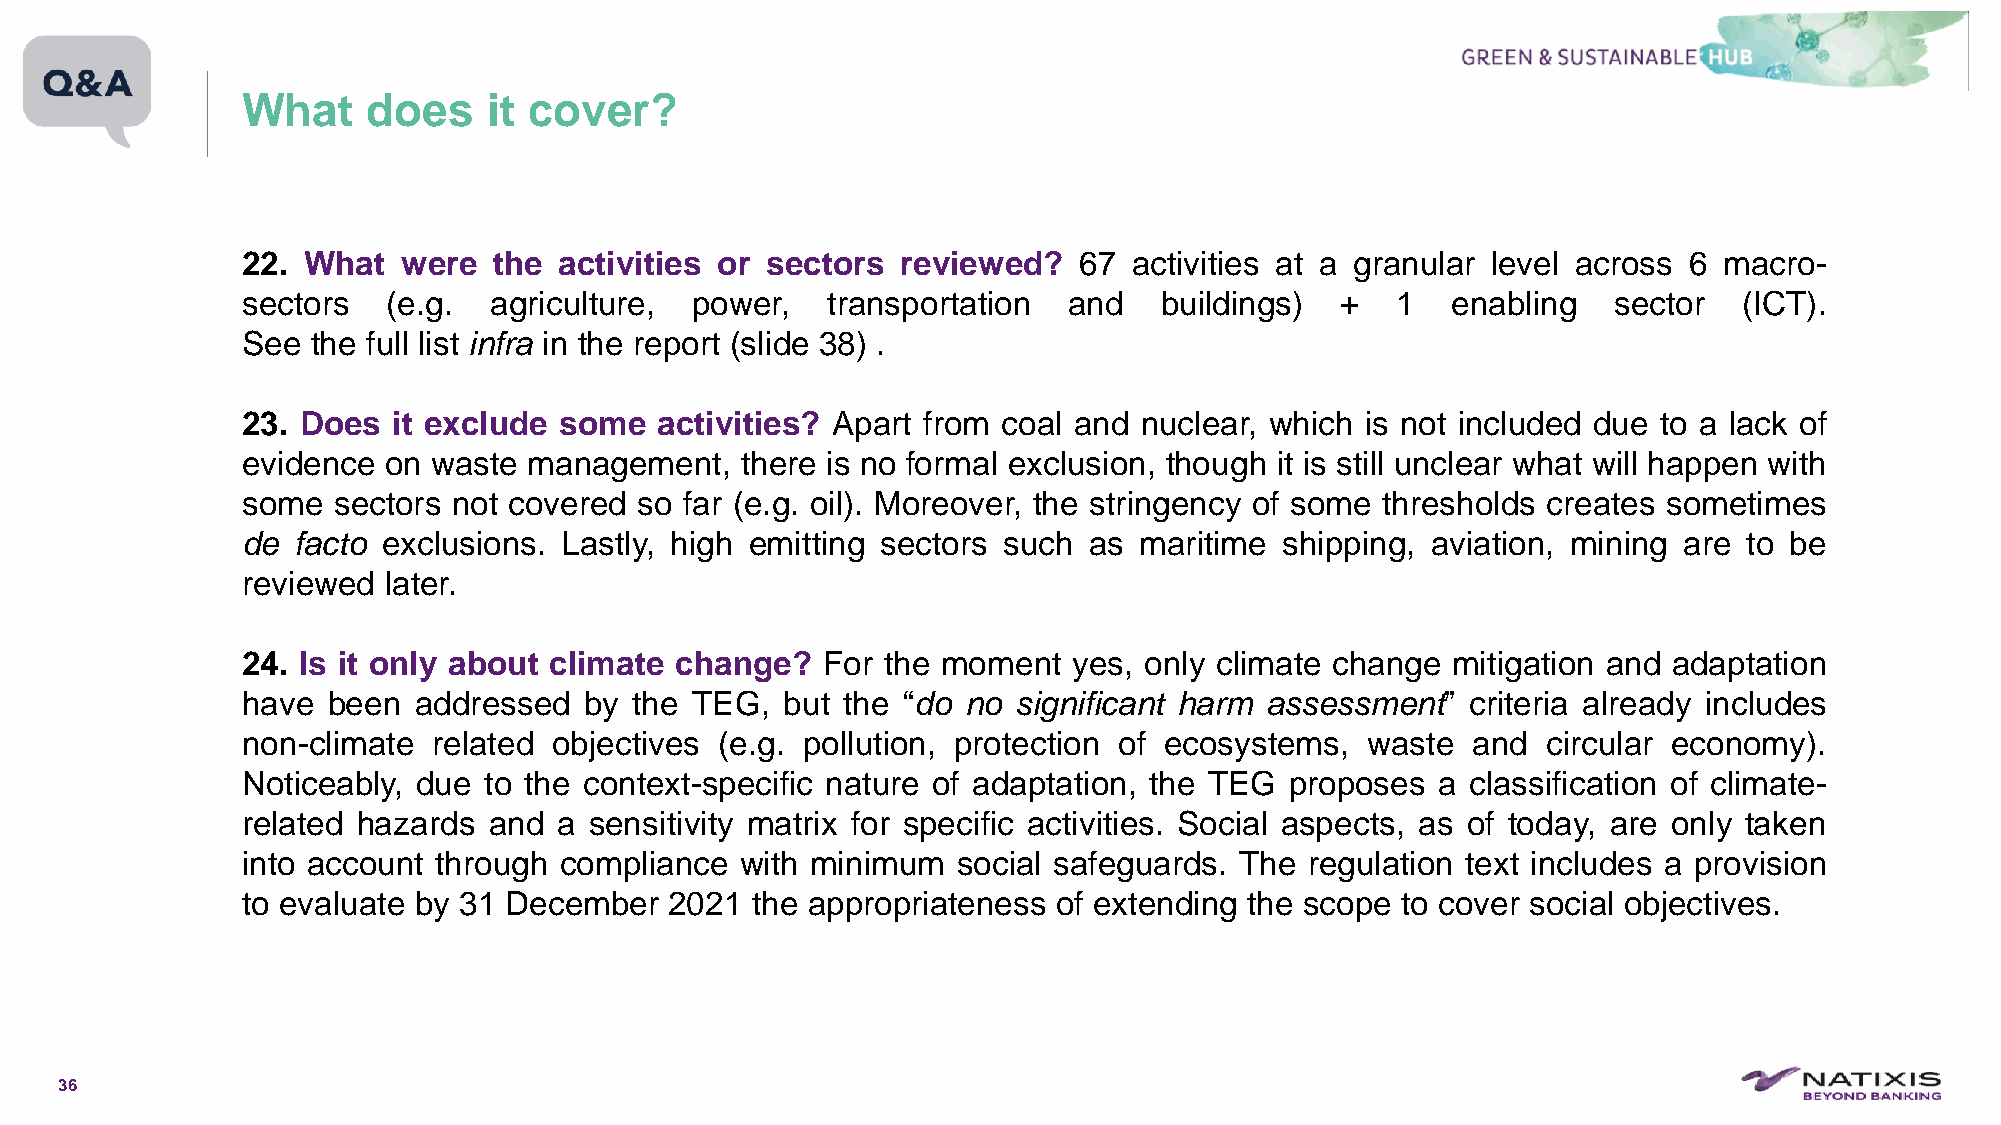
What    does    it cover?
 22. What   were  the activities or sectors  reviewed?  67  activities at a granular level across 6 macro-
 sectors   (e.g. agriculture,  power,   transportation  and   buildings)  +  1   enabling   sector  (ICT).
 See  the full list infra in the report (slide 38) .
 23. Does  it exclude some   activities? Apart from coal and nuclear, which is not included due to a lack of
 evidence on  waste management,   there is no formal exclusion, though it is still unclear what will happen with
 some  sectors not covered so far (e.g. oil). Moreover, the stringency of some thresholds creates sometimes
 de facto exclusions. Lastly, high emitting sectors such as maritime  shipping, aviation, mining are to be
 reviewed later.
 24. Is it only about climate change?  For the moment   yes, only climate change mitigation and adaptation
 have  been addressed   by the TEG,  but the “do no significant harm assessment”  criteria already includes
 non-climate  related objectives (e.g. pollution, protection of ecosystems, waste and  circular economy).
 Noticeably, due to the context-specific nature of adaptation, the TEG proposes a classification of climate-
 related hazards and  a sensitivity matrix for specific activities. Social aspects, as of today, are only taken
 into account through compliance  with minimum  social safeguards. The  regulation text includes a provision
 to evaluate by 31 December  2021  the appropriateness of extending the scope to cover social objectives.
 36
 C1-PublicNat